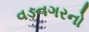
વડનગરનો